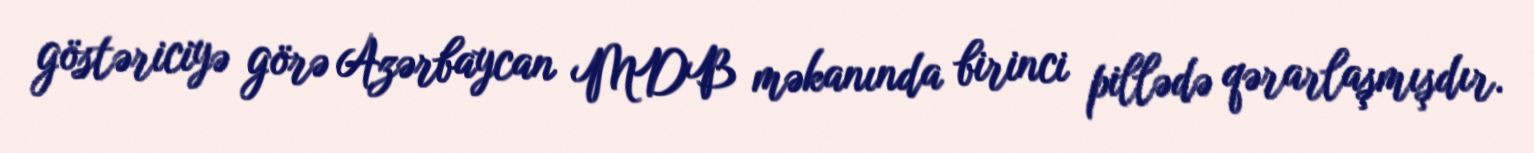
göstəriciyə görə Azərbaycan MDB məkanında birinci pillədə qərarlaşmışdır.